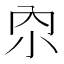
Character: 𫴹